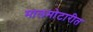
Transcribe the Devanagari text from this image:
मालमोटारीत